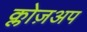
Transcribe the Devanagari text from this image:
क्लोज़अप